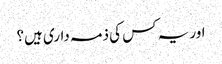
اور یہ کس کی ذمہ داری ہیں؟